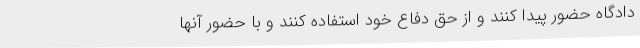
دادگاه حضور پیدا کنند و از حق دفاع خود استفاده کنند و با حضور آنها